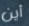
أين